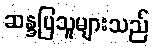
ဆန္ဒပြသူများသည်